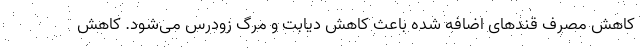
کاهش مصرف قند‌های اضافه شده باعث کاهش دیابت و مرگ زودرس می‌شود. کاهش